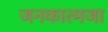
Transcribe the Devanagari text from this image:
जनकात्मजा